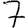
Digit: 7